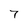
Character: 7